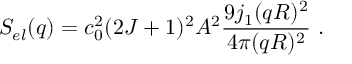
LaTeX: S _ { e l } ( q ) = c _ { 0 } ^ { 2 } ( 2 J + 1 ) ^ { 2 } A ^ { 2 } \frac { 9 j _ { 1 } ( q R ) ^ { 2 } } { 4 \pi ( q R ) ^ { 2 } } ~ .